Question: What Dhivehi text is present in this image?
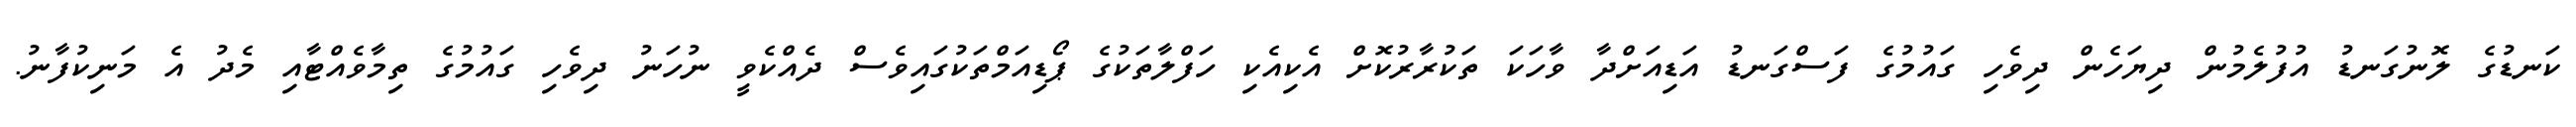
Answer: ކަނޑުގެ ލޮނުގަނޑު އުފުލެމުން ދިޔަހެން ދިވެހި ގައުމުގެ ފަސްގަނޑު އަޑިއަށްދާ ވާހަކަ ތަކުރާރުކޮށް އެކިއެކި ހަފްލާތަކުގެ ޕޯޑިއަމްތަކުގައިވެސް ދެއްކެވީ ނުހަނު ދިވެހި ގައުމުގެ ތިމާވެއްޓާއި މެދު އެ މަނިކުފާނު.